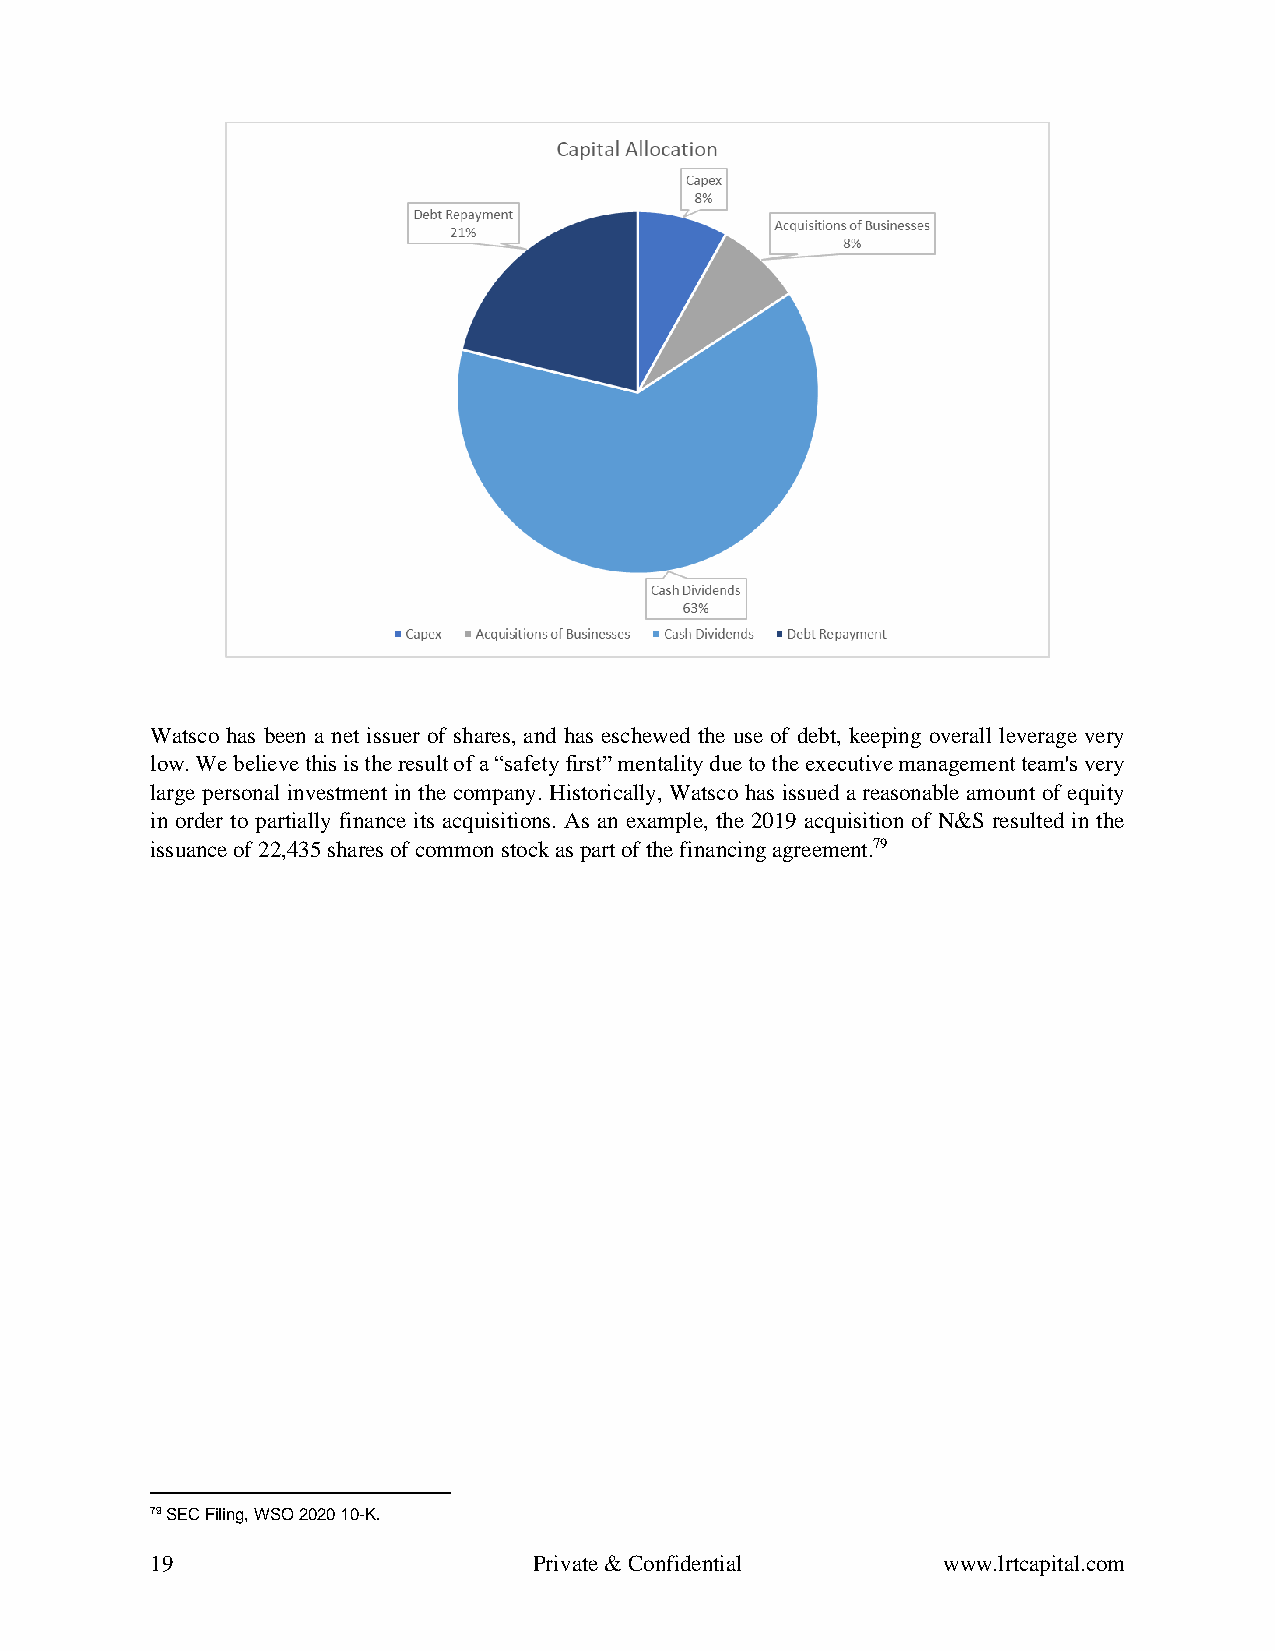
Watsco has been a net issuer of shares, and has eschewed the use of debt, keeping overall leverage very
 low. We believe this is the result of a “safety first” mentality due to the executive management team's very
 large personal investment in the company. Historically, Watsco has issued a reasonable amount of equity
 in order to partially finance its acquisitions. As an example, the 2019 acquisition of N&S resulted in the
 issuance of 22,435 shares of common stock as part of the financing agreement.79
 79 SEC Filing, WSO 2020 10-K.
 19                       Private & Confidential     www.lrtcapital.com